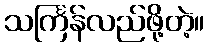
သင်္ကြန်လည်ဖို့တဲ့။